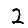
Digit: 2